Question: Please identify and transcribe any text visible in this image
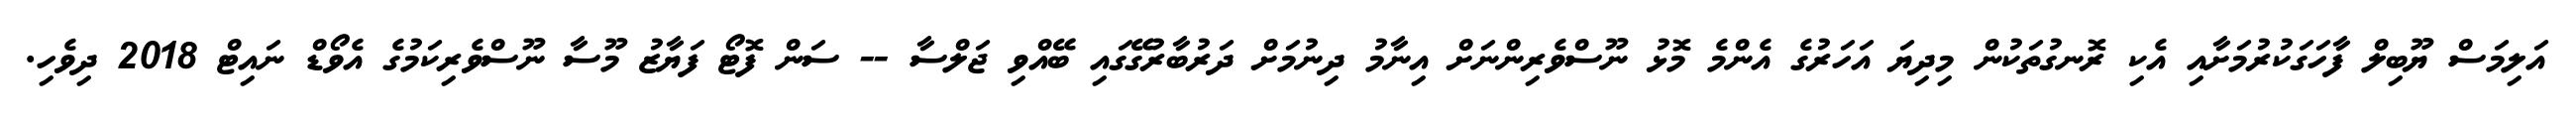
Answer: އަލިމަސް ޔޫބިލް ފާހަގަކުރުމަށާއި އެކި ރޮނގުތަކުން މިދިޔަ އަހަރުގެ އެންމެ މޮޅު ނޫސްވެރިންނަށް އިނާމު ދިނުމަށް ދަރުބާރުގޭގައި ބޭއްވި ޖަލްސާ -- ސަން ފޮޓޯ ފަޔާޒު މޫސާ ނޫސްވެރިކަމުގެ އެވޯޑް ނައިޓް 2018 ދިވެހި.